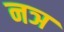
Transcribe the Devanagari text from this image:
नञ